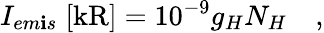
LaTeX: I_{em\mathbf{i}s}\; [\mathrm{{kR}}]=10^{-9}g_{H}N_{H}\quad,